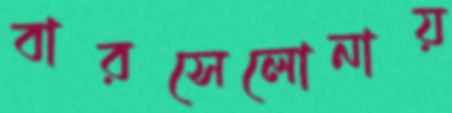
বারসেলোনায়